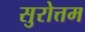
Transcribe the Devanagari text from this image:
सुरोत्तम